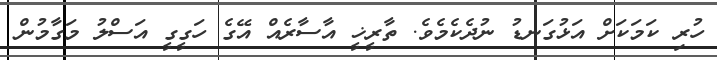
ހުރި ކަމަކަށް އަޅުގަނޑު ނުދެކެމެވެ. ތާރީޚީ އާސާރެއް އޭގެ ހަގީގީ އަސްލު މަގާމުން